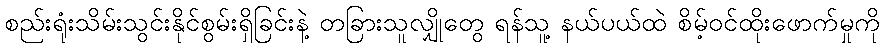
စည်းရုံးသိမ်းသွင်းနိုင်စွမ်းရှိခြင်းနဲ့ တခြားသူလျှိုတွေ ရန်သူ့ နယ်ပယ်ထဲ စိမ့်ဝင်ထိုးဖောက်မှုကို